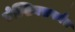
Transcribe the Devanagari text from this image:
सेल्शियसपर्यंत